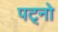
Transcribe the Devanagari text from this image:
पट्नो